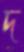
দ